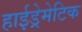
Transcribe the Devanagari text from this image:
हाईड्रेमेटिक